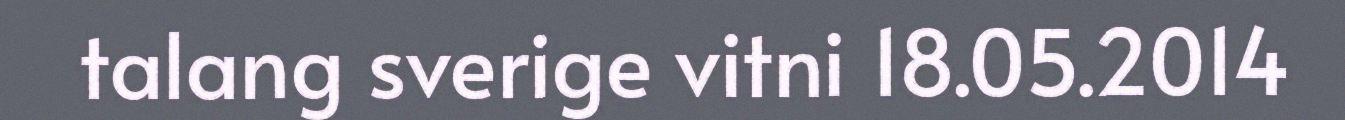
talang sverige vitni 18.05.2014